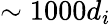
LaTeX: \sim 1000d_{i}